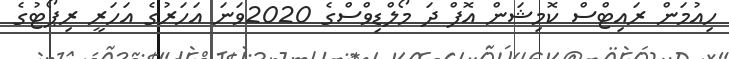
ހިއުމަން ރައިޓްސް ކޮމިޝަން އޮފް ދަ މޯލްޑިވްސްގެ 2020ވަނަ އަހަރުގެ އަހަރީ ރިޕޯޓުގެ